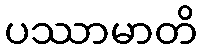
ပဿာမာတိ